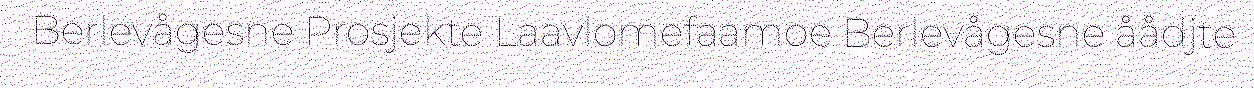
Berlevågesne Prosjekte Laavlomefaamoe Berlevågesne åådjte